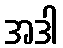
အဒါ